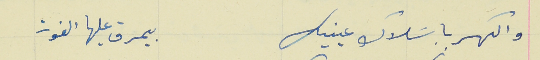
والكهربا بسَلاك عينيك                                بيمرق عليها الفوز